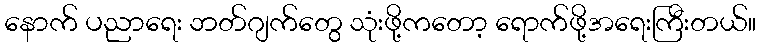
နောက် ပညာရေး ဘတ်ဂျက်တွေ သုံးဖို့ကတော့ ရောက်ဖို့အရေးကြီးတယ်။